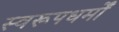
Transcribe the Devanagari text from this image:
स्वरूपधर्मों